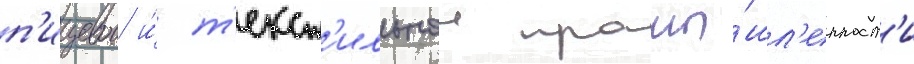
п'ищевои и́ т'екст'ильнои промы́шл'енност'и